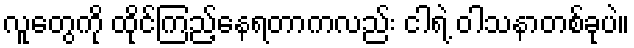
လူတွေကို ထိုင်ကြည့်နေရတာကလည်း ငါရဲ့ ဝါသနာတစ်ခုပဲ။